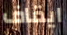
ايقاف